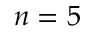
n = 5